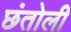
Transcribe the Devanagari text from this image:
छंतोली